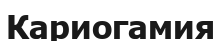
Кариогамия